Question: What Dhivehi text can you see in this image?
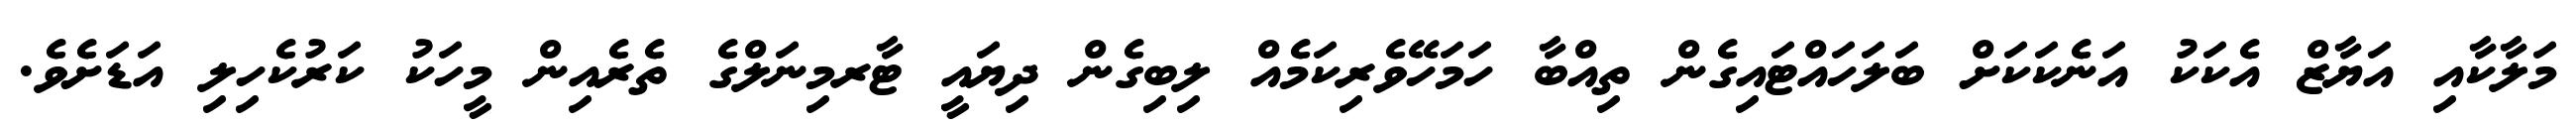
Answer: މަލާކާއި އަޔާޒް އެކަކު އަނެކަކަށް ބަލަހައްޓައިގެން ތިއްބާ ހަމަހޭވެރިކަމެއް ލިބިގެން ދިޔައީ ޓާރމިނަލްގެ ތެރެއިން މީހަކު ކަރުކެހިލި އަޑަށެވެ.